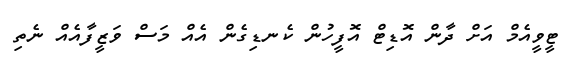
ޓީވީއެމް އަށް ދާން އޮޑިޓް އޮފީހުން ކެނޑިގެން އެއް މަސް ވަޒީފާއެއް ނެތި